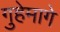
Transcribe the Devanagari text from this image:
गुहेमागे